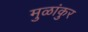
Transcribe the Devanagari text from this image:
मुळांकुर